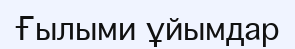
Ғылыми ұйымдар